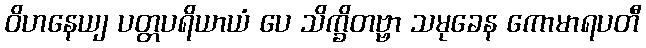
ဝိဟနေယျ ပတ္တပရိယာယံ ပေ သိက္ခိတဗ္ဗာ သမုခေန ကောမာရပတီ